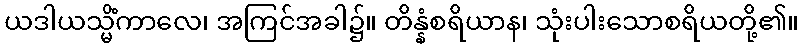
ယဒါယသ္မိံကာလေ၊ အကြင်အခါ၌။ တိန္နံစရိယာန၊ သုံးပါးသောစရိယတို့၏။